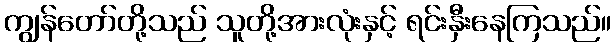
ကျွန်တော်တို့သည် သူတို့အားလုံးနှင့် ရင်းနှီးနေကြသည်။